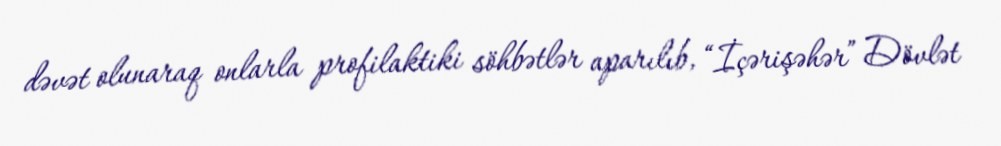
dəvət olunaraq onlarla profilaktiki söhbətlər aparılıb, “İçərişəhər” Dövlət